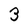
Character: 3